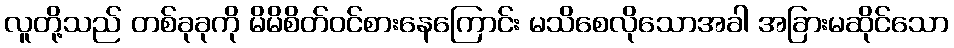
လူတို့သည် တစ်ခုခုကို မိမိစိတ်ဝင်စားနေကြောင်း မသိစေလိုသောအခါ အခြားမဆိုင်သော